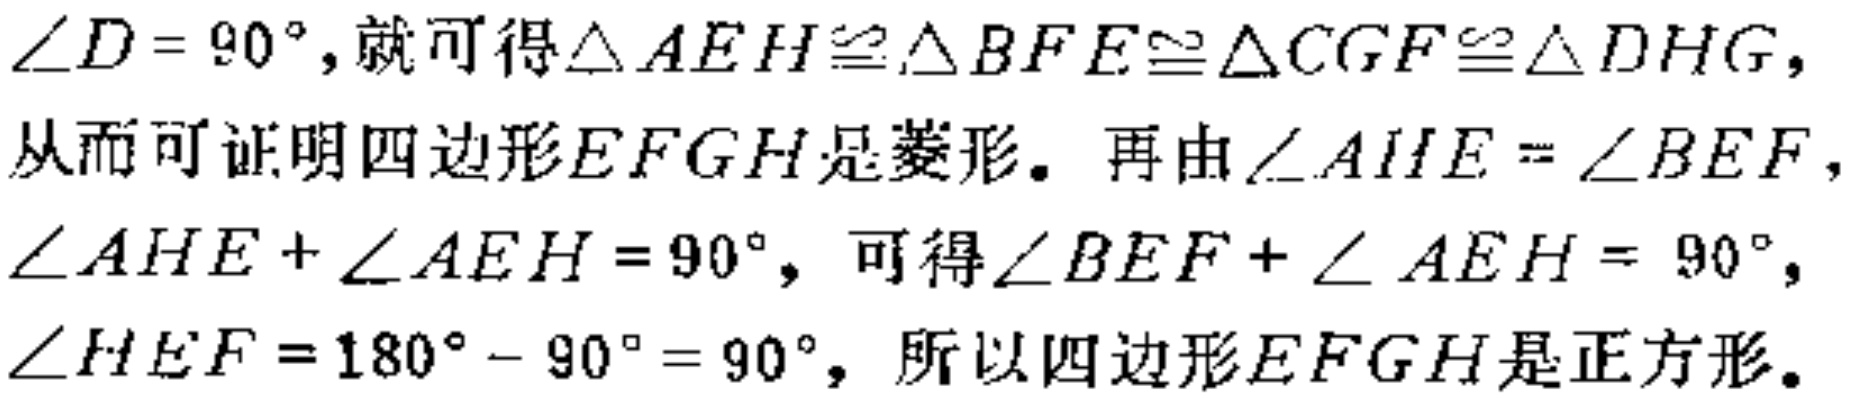
$\angle D = 90^{\circ}$,就可得$\triangle AEH\cong\triangle BFE\cong\triangle CGF\cong\triangle DHG$,从而可证明四边形$EFGH$是菱形。再由$\angle AHE = \angle BEF$, $\angle AHE+\angle AEH = 90^{\circ}$, 可得$\angle BEF+\angle AEH = 90^{\circ}$, $\angle HEF = 180^{\circ}-90^{\circ}=90^{\circ}$, 所以四边形$EFGH$是正方形。